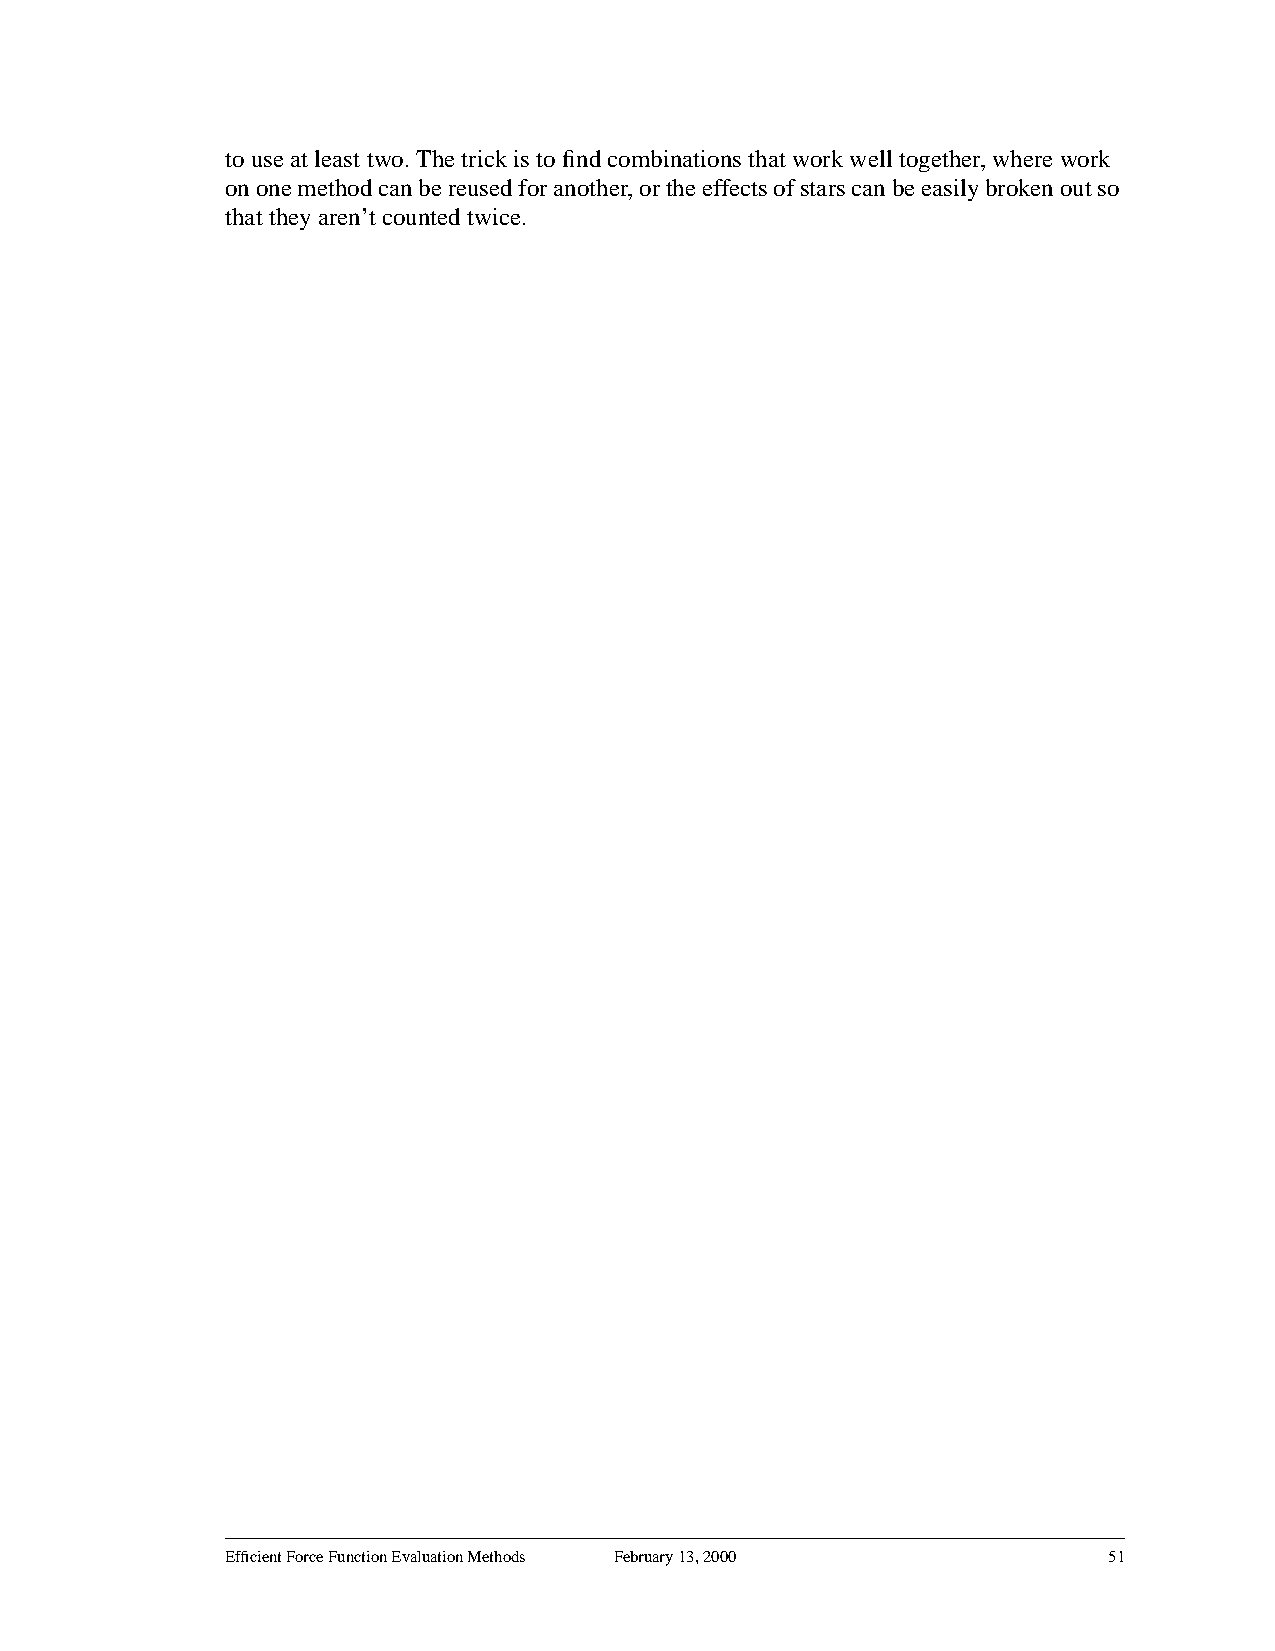
to use at least two. The trick is to find combinations that work well together, where work
 ononemethodcanbereusedforanother,ortheeffectsofstarscanbeeasilybrokenoutso
 that they aren’t counted twice.
 Efficient Force Function Evaluation Methods February 13, 2000 51